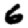
Digit: 6